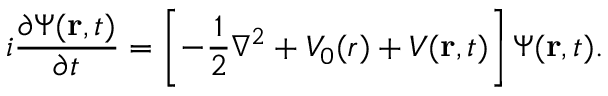
i \frac { \partial \Psi ( { \bf { r } } , t ) } { \partial t } = \left[ - \frac { 1 } { 2 } \nabla ^ { 2 } + V _ { 0 } ( { r } ) + V ( { \bf { r } } , t ) \right] \Psi ( { \bf { r } } , t ) .